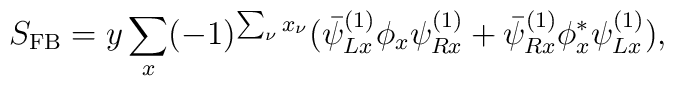
S_{\mathrm{FB}}=y\sum_x (-1)^{\sum_\nu x_\nu}(\bar\psi^{(1)}_{Lx}\phi_x\psi^{(1)}_{Rx}+\bar\psi^{(1)}_{Rx}\phi_x^*\psi^{(1)}_{Lx}),